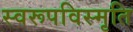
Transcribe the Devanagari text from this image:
स्वरूपविस्मृति